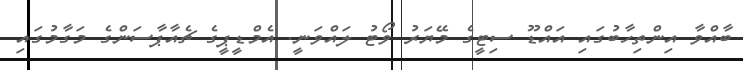
ބާއްވާ އިންތިހާބުގައި އައްޑޫ ސިޓީގެ މޭޔަރު ވޯޓު ލައްވަނީ. އެމްޑީޕީގެ ޗެއާޕާސަންގެ މަގާމުގައި